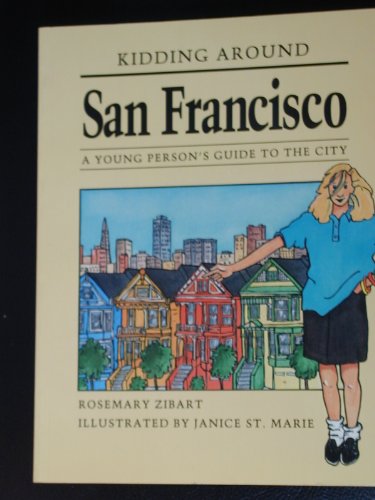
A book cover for Kidding Around San Francisco; Rosemary Zibert; Teen & Young Adult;